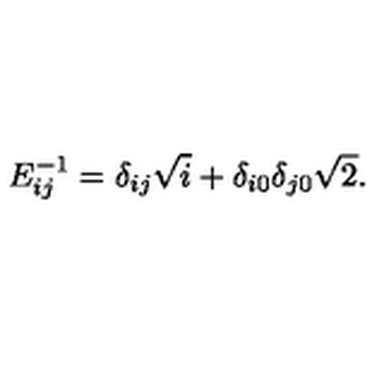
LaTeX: E _ { i j } ^ { - 1 } = \delta _ { i j } \sqrt { i } + \delta _ { i 0 } \delta _ { j 0 } \sqrt { 2 } .